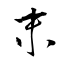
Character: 末